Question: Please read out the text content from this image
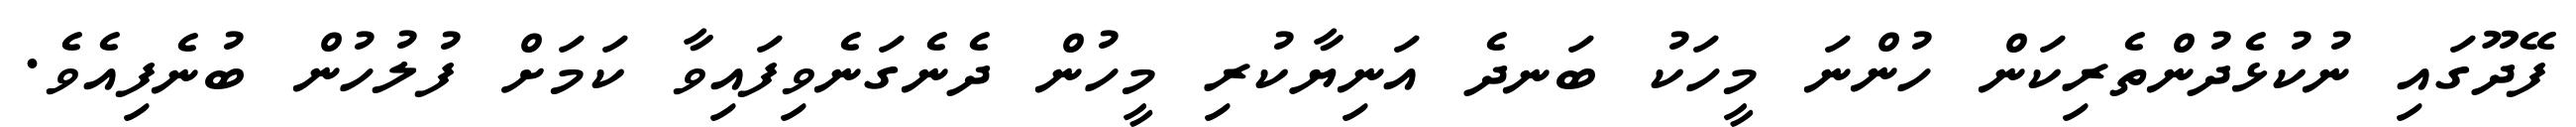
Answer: ފޭދޫގައި ނުކުޅެދުންތެރިކަން ހުންނަ މީހަކު ބަނދެ އަނިޔާކުރި މީހުން ދެނެގަނެވިފައިވާ ކަމަށް ފުލުހުން ބުނެފިއެވެ.